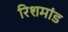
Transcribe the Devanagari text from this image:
रिशमांड